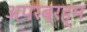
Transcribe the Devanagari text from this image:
अपरब्रह्म